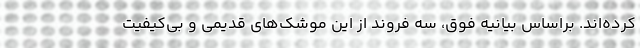
کرده‌اند. براساس بیانیه فوق، سه فروند از این موشک‌های قدیمی و بی‌کیفیت